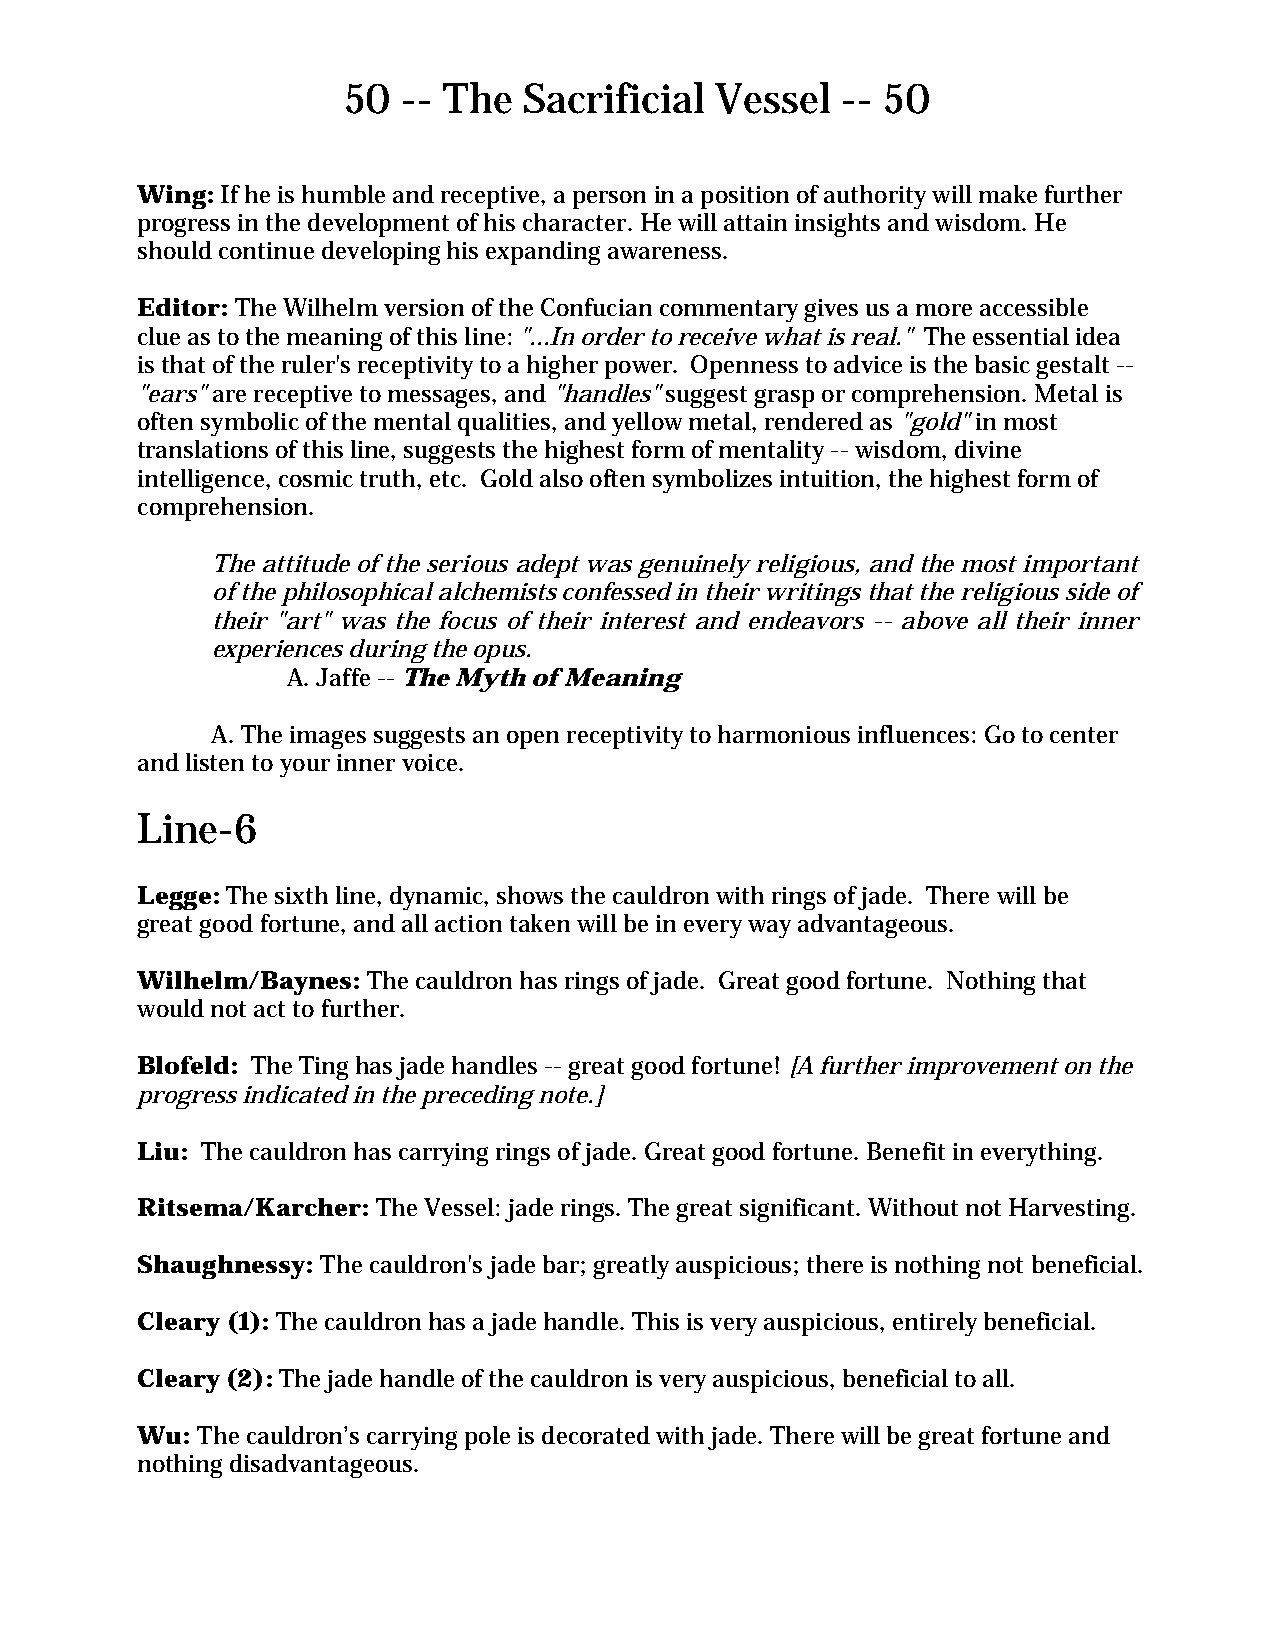
50  -- The  Sacrificial Vessel   -- 50
 Wing: If he is humble and receptive, a person in a position of authority will make further
 progress in the development of his character. He will attain insights and wisdom. He
 should continue developing his expanding awareness.
 Editor: The Wilhelm version of the Confucian commentary gives us a more accessible
 clue as to the meaning of this line: "...In order to receive what is real." The essential idea
 is that of the ruler's receptivity to a higher power. Openness to advice is the basic gestalt --
 "ears" are receptive to messages, and "handles" suggest grasp or comprehension. Metal is
 often symbolic of the mental qualities, and yellow metal, rendered as "gold" in most
 translations of this line, suggests the highest form of mentality -- wisdom, divine
 intelligence, cosmic truth, etc. Gold also often symbolizes intuition, the highest form of
 comprehension.
 The attitude of the serious adept was genuinely religious, and the most important
 of the philosophical alchemists confessed in their writings that the religious side of
 their "art" was the focus of their interest and endeavors -- above all their inner
 experiences during the opus.
 A. Jaffe -- The Myth of Meaning
 A. The images suggests an open receptivity to harmonious influences: Go to center
 and listen to your inner voice.
 Line-6
 Legge: The sixth line, dynamic, shows the cauldron with rings of jade. There will be
 great good fortune, and all action taken will be in every way advantageous.
 Wilhelm/Baynes: The cauldron has rings of jade. Great good fortune. Nothing that
 would not act to further.
 Blofeld: The Ting has jade handles -- great good fortune! [A further improvement on the
 progress indicated in the preceding note.]
 Liu: The cauldron has carrying rings of jade. Great good fortune. Benefit in everything.
 Ritsema/Karcher: The Vessel: jade rings. The great significant. Without not Harvesting.
 Shaughnessy: The cauldron's jade bar; greatly auspicious; there is nothing not beneficial.
 Cleary (1): The cauldron has a jade handle. This is very auspicious, entirely beneficial.
 Cleary (2): The jade handle of the cauldron is very auspicious, beneficial to all.
 Wu: The cauldron’s carrying pole is decorated with jade. There will be great fortune and
 nothing disadvantageous.